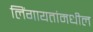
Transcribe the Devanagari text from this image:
लिंगायतांमधील